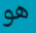
هو